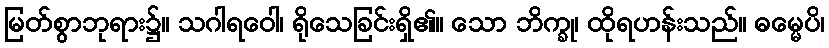
မြတ်စွာဘုရား၌။ သဂါရဝေါ၊ ရိုသေခြင်းရှိ၏။ သော ဘိက္ခု၊ ထိုရဟန်းသည်။ ဓမ္မေပိ၊